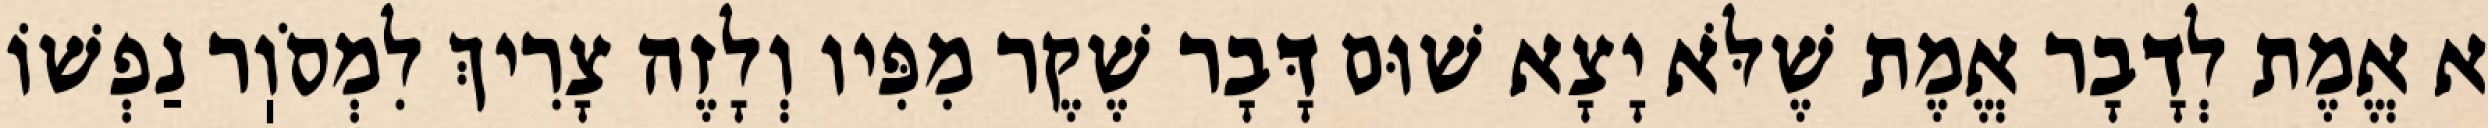
א אֱמֶת לְדָבָר אֱמֶת שֶׁלֹּא יָצָא שׁוּם דָּבָר שֶׁקֶר מִפִּיו וְלָזֶה צָרִיךְ לִמְסֹוֽר נַפְשׁוֹ